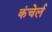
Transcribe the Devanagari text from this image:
कंचेर्ल